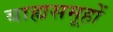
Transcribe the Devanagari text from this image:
बाह्यसमूहों